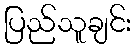
ပြည်သူချင်း